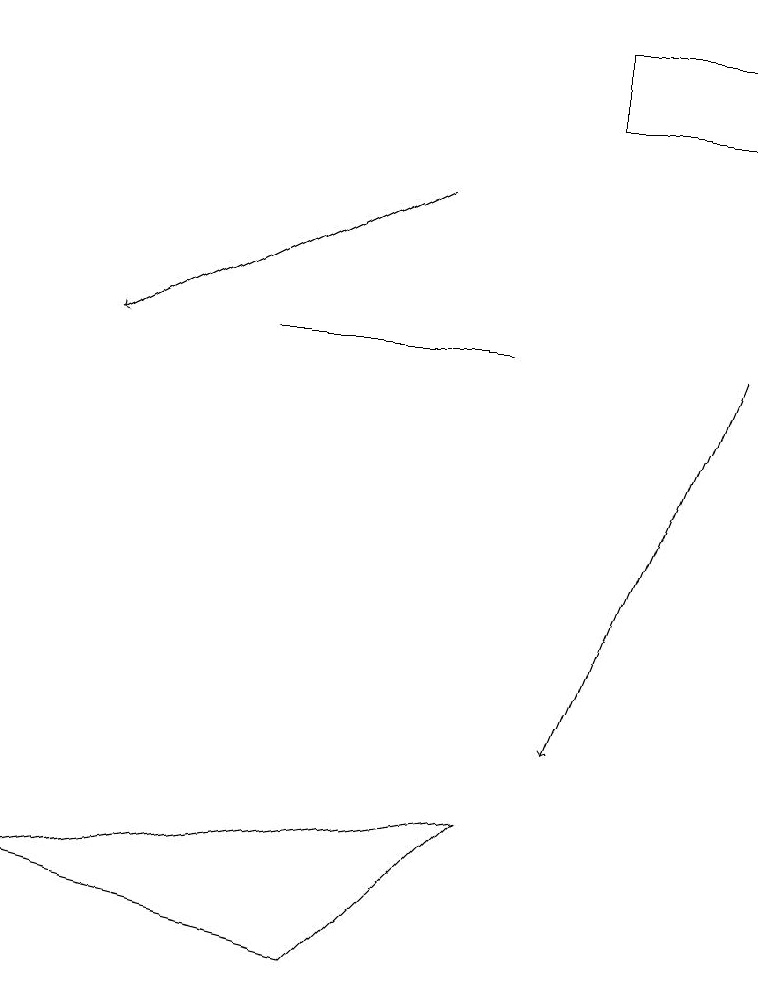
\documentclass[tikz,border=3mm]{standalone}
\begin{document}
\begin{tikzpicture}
\draw[->] (9,15) -- (7,10);
\draw (6,9) -- (4,7) -- (0,8) -- cycle;
\draw[->] (5,17) -- (1,15);
\draw (6,15) rectangle (3,15);
\draw (9,19) rectangle (7,18);
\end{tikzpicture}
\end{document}